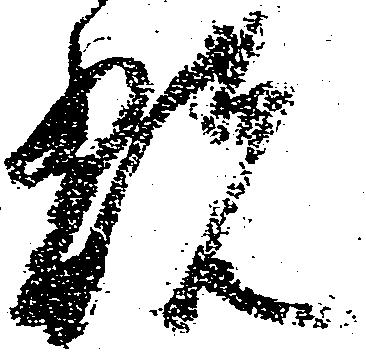
翫